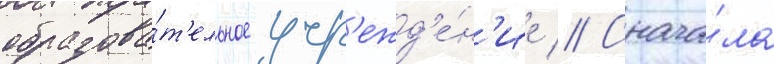
образова́т'ельное учр'ежд'е́н'ие // Снача́ла